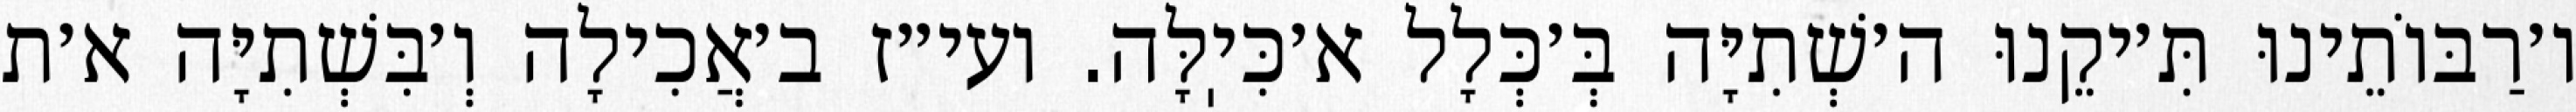
ו׳רַבּוֹתֵינוּ תִּ׳יקֵנוּ ה׳שְׁתִיָּה בְּ׳כְּלָל א׳כִּיֽלָּה. ועי״ז ב׳אֲכִילָה וְ׳בִּשְׁתִיָּה א׳ת